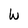
Character: W